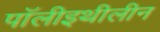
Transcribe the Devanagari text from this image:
पॉलीइथीलीन